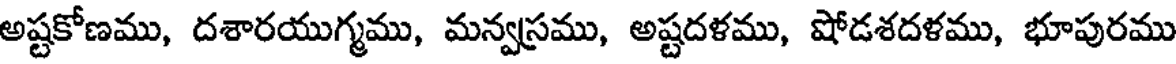
అష్టకోణము, దశారయుగ్మము, మన్వస్రము, అష్టదళము, షోడశదళము, భూపురము